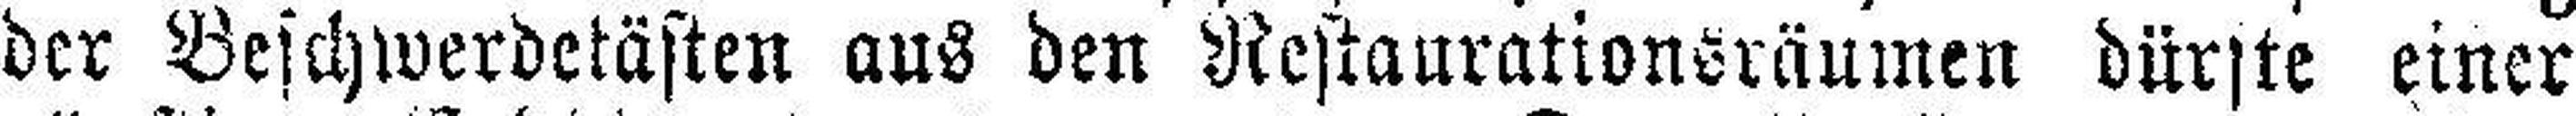
der Beschwerdetästen aus den Restaurationsräumen dürfte einer